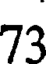
73